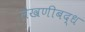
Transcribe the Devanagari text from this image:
लेखणीबद्ध